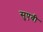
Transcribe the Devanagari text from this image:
सुएवी